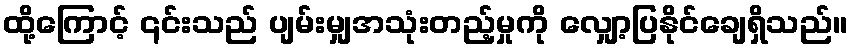
ထို့ကြောင့် ၎င်းသည် ပျမ်းမျှအသုံးတည့်မှုကို လျှော့ပြနိုင်ချေရှိသည်။